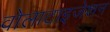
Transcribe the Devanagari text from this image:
वोलाटाइजेशन